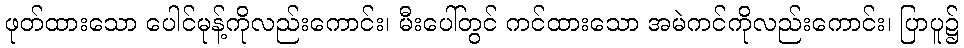
ဖုတ်ထားသော ပေါင်မုန့်ကိုလည်းကောင်း၊ မီးပေါ်တွင် ကင်ထားသော အမဲကင်ကိုလည်းကောင်း၊ ပြာပူ၌